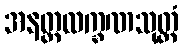
အနတ္တလက္ခဏသုတ္တံ